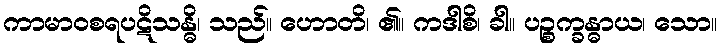
ကာမာဝစရပဋိသန္ဓိ၊ သည်။ ဟောတိ၊ ၏။ ကဒါစိ၊ ခါ။ ပဉ္စက္ခန္ဓာယ၊ သော။